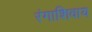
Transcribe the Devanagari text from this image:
रंगाशिवाय